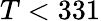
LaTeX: T<331